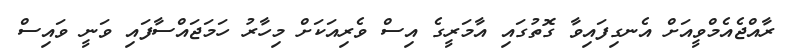
ރާއްޖެއެމްވީއަށް އެނގިފައިވާ ގޮތުގައި އާމަރީގެ އިސް ވެރިއަކަށް މިހާރު ހަމަޖައްސާފައި ވަނީ ވައިސް